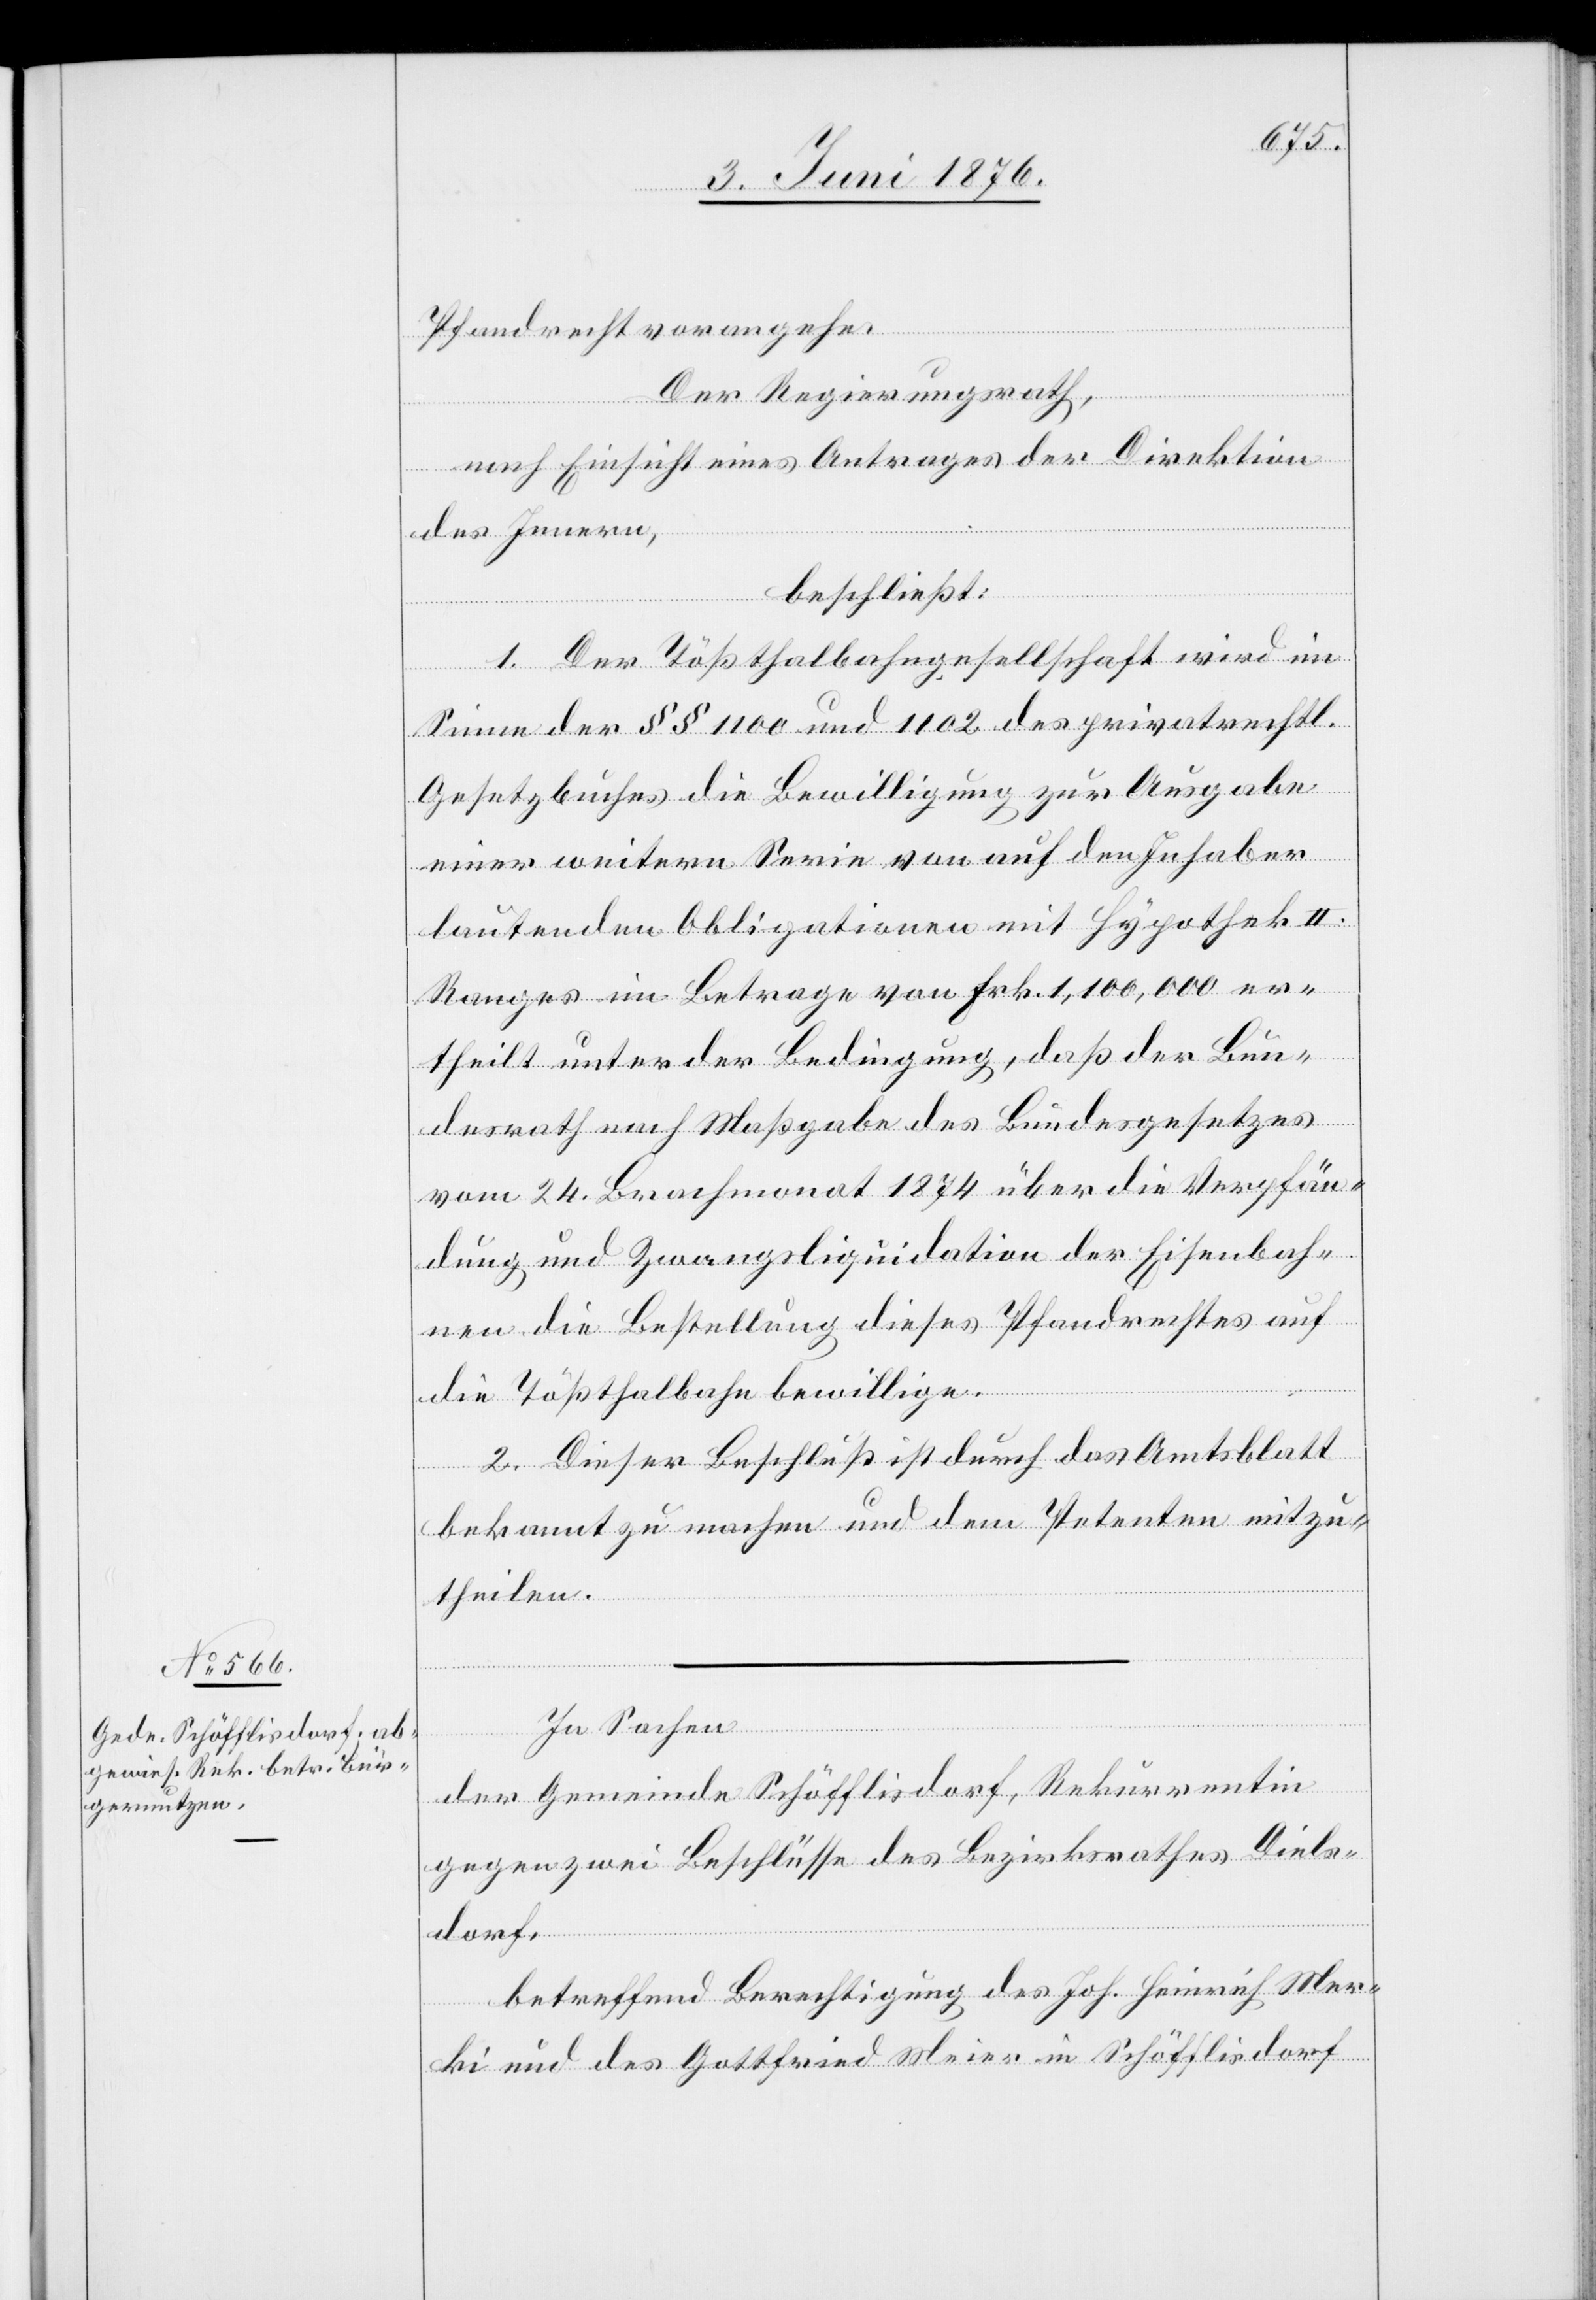
Pfandrecht vorangehe.
Der Regierungsrath,
nach Einsicht eines Antrages der Direktion
des Innern,
beschließt:
1. Der Tößthalbahngesellschaft wird im
Sinne der §§ 1100 und 1102 des privatrechtl.
Gesetzbuches die Bewilligung zur Ausgabe
einer weitern Serie von auf den Inhaber
lautenden Obligationen mit Hypothek II.
Ranges im Betrage von Frk. 1,100,000 er¬
theilt unter der Bedingung, daß der Bun¬
desrath nach Maßgabe des Bundesgesetzes
vom 24. Brachmonat 1874 über die Verpfän¬
dung und Zwangsliquidation der Eisenbah¬
nen die Bestellung dieses Pfandrechtes auf
die Tößthalbahn bewillige.
2. Dieser Beschluß ist durch das Amtsblatt
bekannt zu machen und dem Petenten mitzu¬
theilen.
In Sachen
der Gemeinde Schöfflisdorf, Rekurrentin
gegen zwei Beschlüsse des Bezirksrathes Diels¬
dorf,
betreffend Berechtigung des Joh. Heinrich Mer¬
ki und es Gottfried Meier in Schöfflisdorf